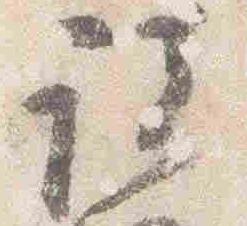
諸